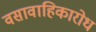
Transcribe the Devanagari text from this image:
वसावाहिकारोध